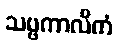
သဗ္ဗကာလိကံ